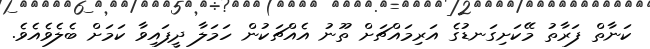
ކަނާތް ފަރާތު މޭކަށިގަނޑުގެ އަރިމައްޗަށް ތޫނު އެއްޗަކުން ހަމަލާ ދީފައިވާ ކަމަށް ބެލެވެއެވެ.